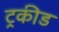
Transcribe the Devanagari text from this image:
ट्रकीड